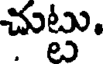
చుట్టు.